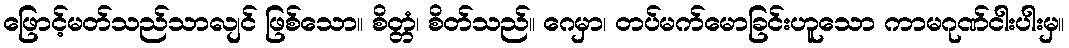
ဖြောင့်မတ်သည်သာလျင် ဖြစ်သော။ စိတ္တံ၊ စိတ်သည်။ ဂေမှာ၊ တပ်မက်မောခြင်းဟူသော ကာမဂုဏ်ငါးပါးမှ။